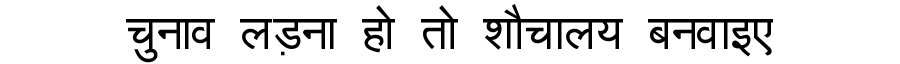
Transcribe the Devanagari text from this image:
चुनाव लड़ना हो तो शौचालय बनवाइए